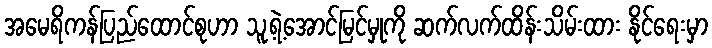
အမေရိကန်ပြည်ထောင်စုဟာ သူ့ရဲ့အောင်မြင်မှုကို ဆက်လက်ထိန်းသိမ်းထား နိုင်ရေးမှာ